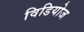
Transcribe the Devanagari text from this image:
विडियोज